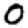
Digit: 0